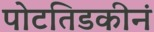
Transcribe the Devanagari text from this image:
पोटतिडकीनं